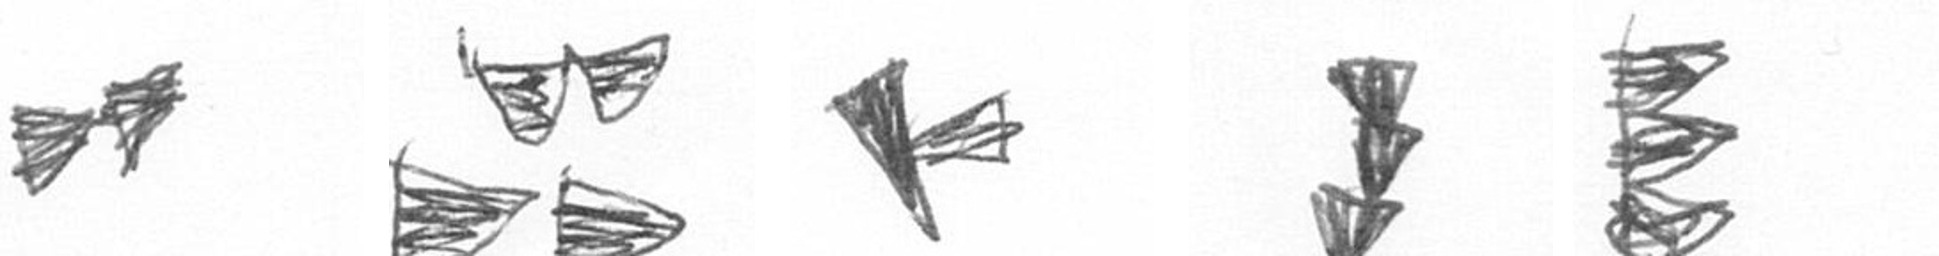
A B F E H